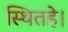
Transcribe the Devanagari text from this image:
स्थितहे।